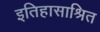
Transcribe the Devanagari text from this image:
इतिहासाश्रित